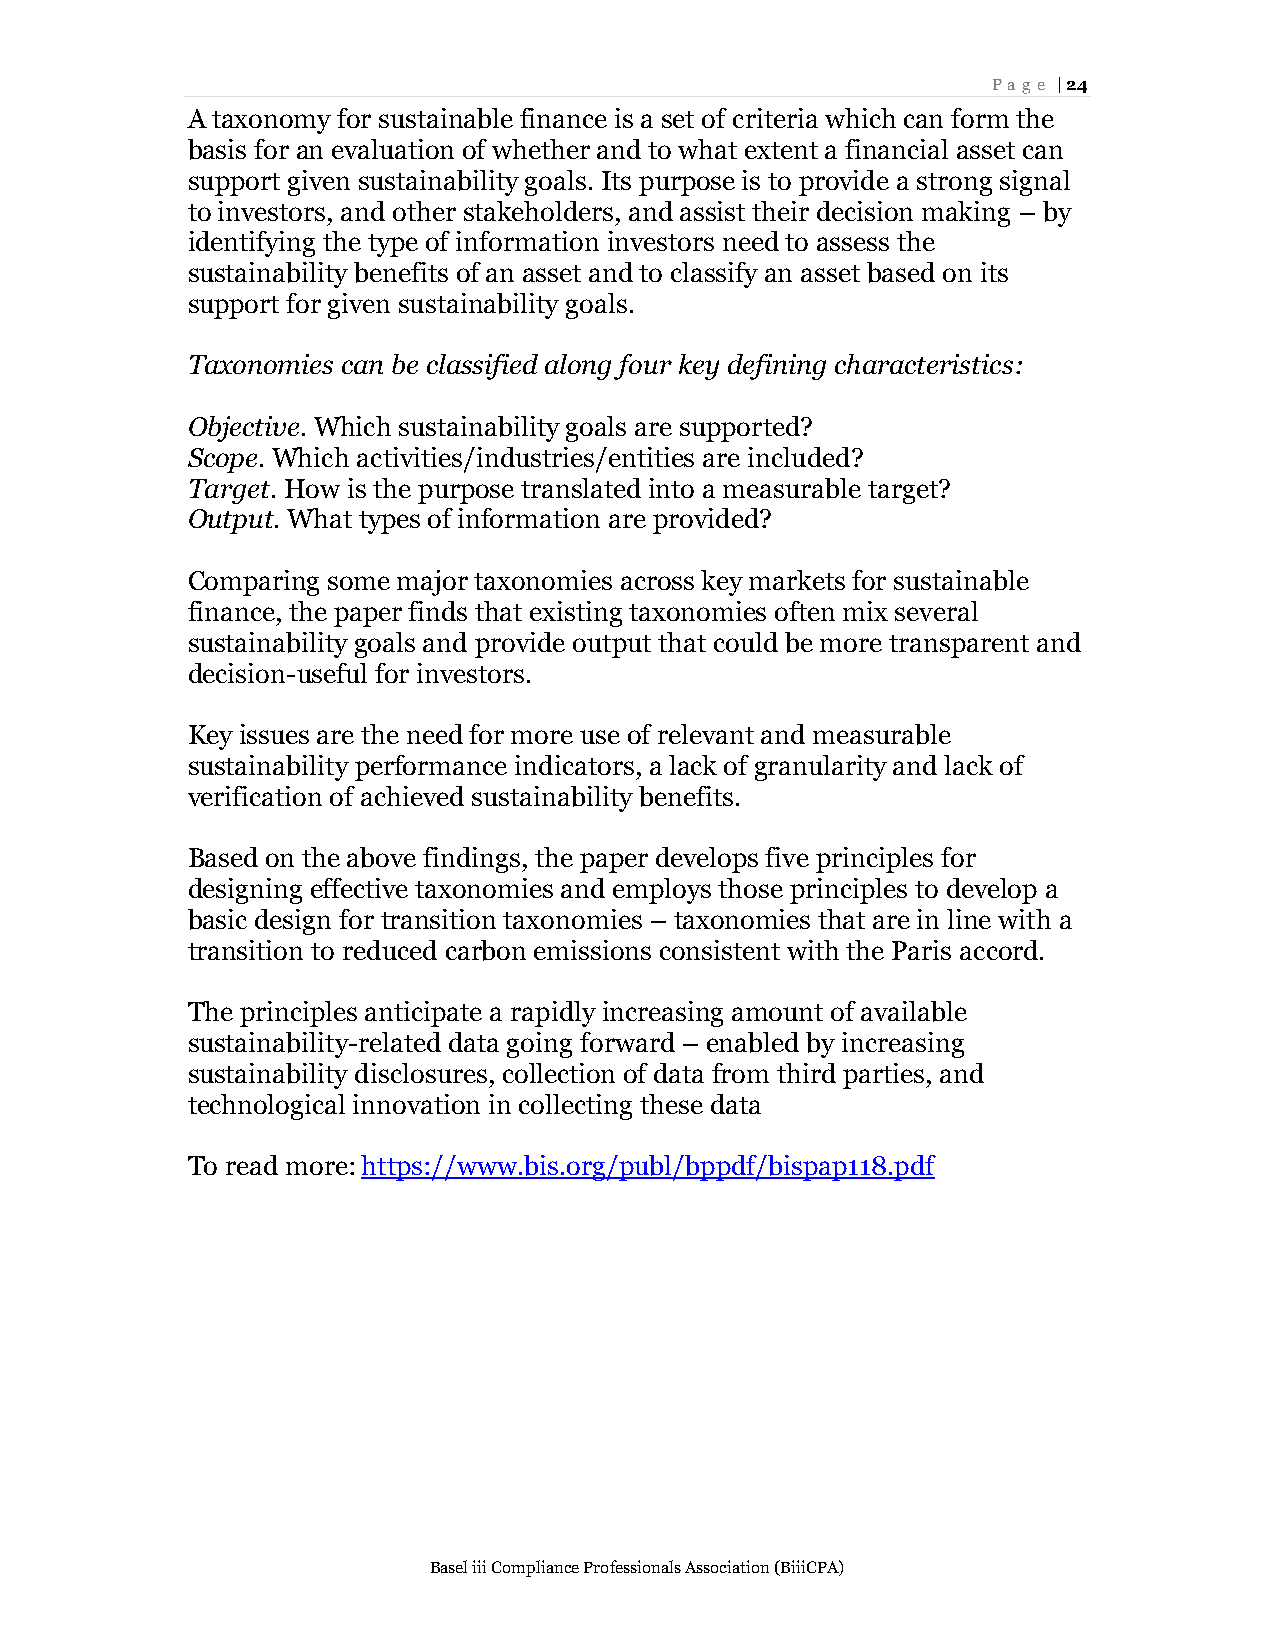
Page | 24
 A taxonomy for sustainable finance is a set of criteria which can form the
 basis for an evaluation of whether and to what extent a financial asset can
 support given sustainability goals. Its purpose is to provide a strong signal
 to investors, and other stakeholders, and assist their decision making – by
 identifying the type of information investors need to assess the
 sustainability benefits of an asset and to classify an asset based on its
 support for given sustainability goals.
 Taxonomies can be classified along four key defining characteristics:
 Objective. Which sustainability goals are supported?
 Scope. Which activities/industries/entities are included?
 Target. How is the purpose translated into a measurable target?
 Output. What types of information are provided?
 Comparing some major taxonomies across key markets for sustainable
 finance, the paper finds that existing taxonomies often mix several
 sustainability goals and provide output that could be more transparent and
 decision-useful for investors.
 Key issues are the need for more use of relevant and measurable
 sustainability performance indicators, a lack of granularity and lack of
 verification of achieved sustainability benefits.
 Based on the above findings, the paper develops five principles for
 designing effective taxonomies and employs those principles to develop a
 basic design for transition taxonomies – taxonomies that are in line with a
 transition to reduced carbon emissions consistent with the Paris accord.
 The principles anticipate a rapidly increasing amount of available
 sustainability-related data going forward – enabled by increasing
 sustainability disclosures, collection of data from third parties, and
 technological innovation in collecting these data
 To read more: https://www.bis.org/publ/bppdf/bispap118.pdf
 Basel iii Compliance Professionals Association (BiiiCPA)